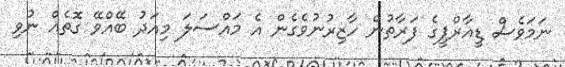
ނަމަވެސް ޑީއާރްޕީގެ ފަރާތުން ހާޒިރުނުވެގެން އެ މައްސަލަ މިއަދު ބޭއްވޭ ގޮތެއް ނުވި